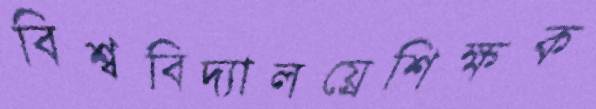
বিশ্ববিদ্যালয়্রেশিক্ষক